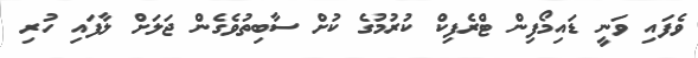
ވެފައި ވަނީ ޑައިމޯފިން ޓްރެފިކް ކުރުމުގެ ކުށް ސާބިތުވެގެން ޖަލަށް ލާފައި ހުރި